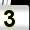
Digit: 3